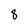
Character: 8